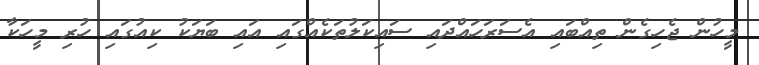
މީހުން ޖެހިގެން ތިއްބައި އެސަރަހައްދައި ސައިކަލުތަކެއްގައި އައި ބަޔަކު ކިއުގައި ހުރި މީހަކާ